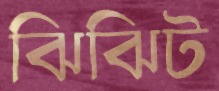
ঝিঝিট